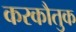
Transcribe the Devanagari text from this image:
करकौतुक